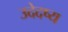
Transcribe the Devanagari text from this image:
उदेदष्य